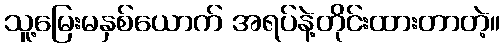
သူ့မြေးမနှစ်ယောက် အရပ်နဲ့တိုင်းထားတာတဲ့။